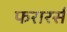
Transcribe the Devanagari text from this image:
फरारर्स